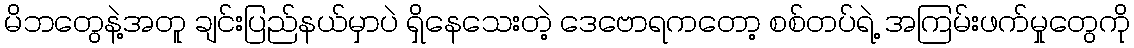
မိဘတွေနဲ့အတူ ချင်းပြည်နယ်မှာပဲ ရှိနေသေးတဲ့ ဒေဗောရကတော့ စစ်တပ်ရဲ့ အကြမ်းဖက်မှုတွေကို